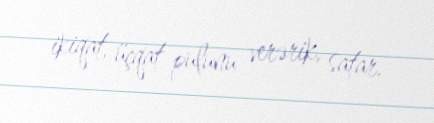
ikiqat, üçqat pulunu verərik, satar.